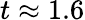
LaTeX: t\approx 1.6